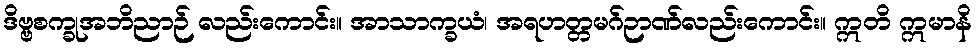
ဒိဗ္ဗစက္ခုအဘိညာဉ် လည်းကောင်း။ အာသာက္ခယံ၊ အရဟတ္တမဂ်ဉာဏ်လည်းကောင်း။ ဣတိ ဣမာနိ